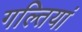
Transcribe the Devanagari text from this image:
गल्तियां